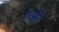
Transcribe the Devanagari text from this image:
थाइमो